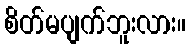
စိတ်မပျက်ဘူးလား။